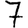
Digit: 7